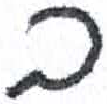
אות: ב